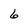
Character: 6